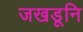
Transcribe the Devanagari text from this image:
जखडूनि